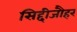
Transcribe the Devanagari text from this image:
सिद्दीजौहर